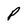
Character: p